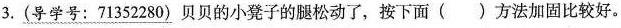
3.(导学号：71352280)贝贝的小凳子的腿松动了，按下面()方法加固比较好。